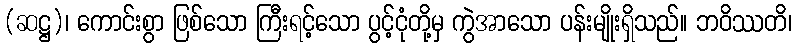
(ဆဋ္ဌ)၊ ကောင်းစွာ ဖြစ်သော ကြီးရင့်သော ပွင့်ငုံတို့မှ ကွဲအာသော ပန်းမျိုးရှိသည်။ ဘဝိဿတိ၊